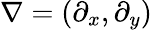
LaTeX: \nabla=(\partial_{x},\partial_{y})